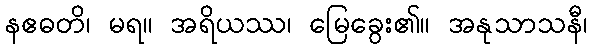
နဧဓတိ၊ မရ။ အရိယဿ၊ မြေခွေး၏။ အနုသာသနီ၊